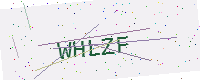
Text: WHLZF